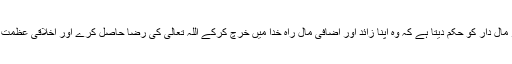
اسلام غنی اور مال دار کو حکم دیتا ہے کہ وہ اپنا زائد اور اضافی مال راہِ خدا میں خرچ کرکے اللہ تعالی کی رضا حاصل کرے اور اخلاقی عظمت حاصل کرے۔